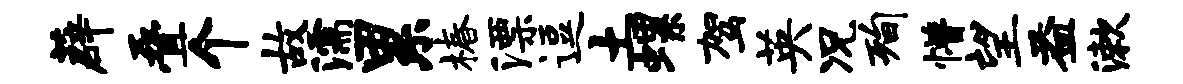
薜叠个故濡累椿漂逗土螺驾英况洵懵望益漱